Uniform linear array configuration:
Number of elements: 64
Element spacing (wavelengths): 0.5
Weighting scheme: hann
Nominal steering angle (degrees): -45
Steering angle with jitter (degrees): -46.753
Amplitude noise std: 0.05
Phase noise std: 0.05

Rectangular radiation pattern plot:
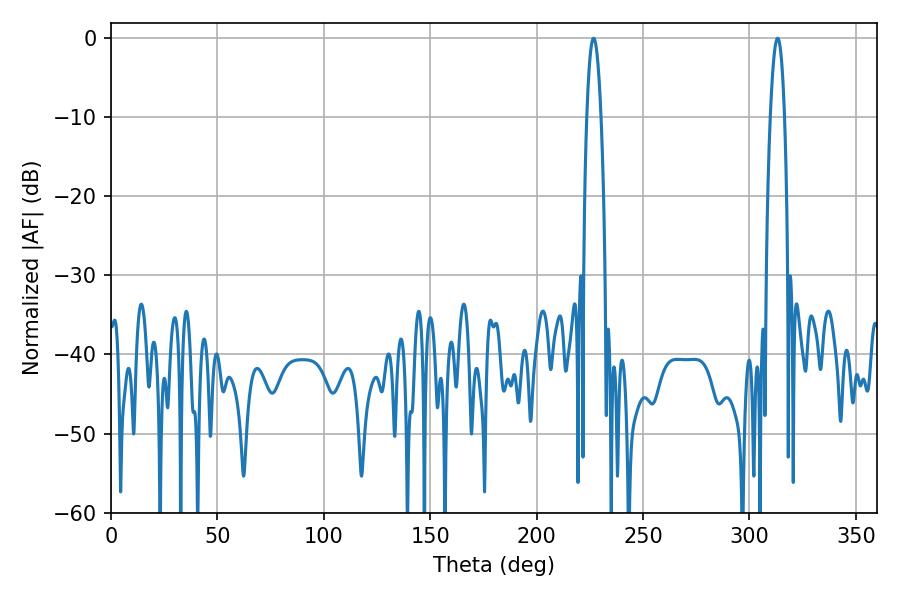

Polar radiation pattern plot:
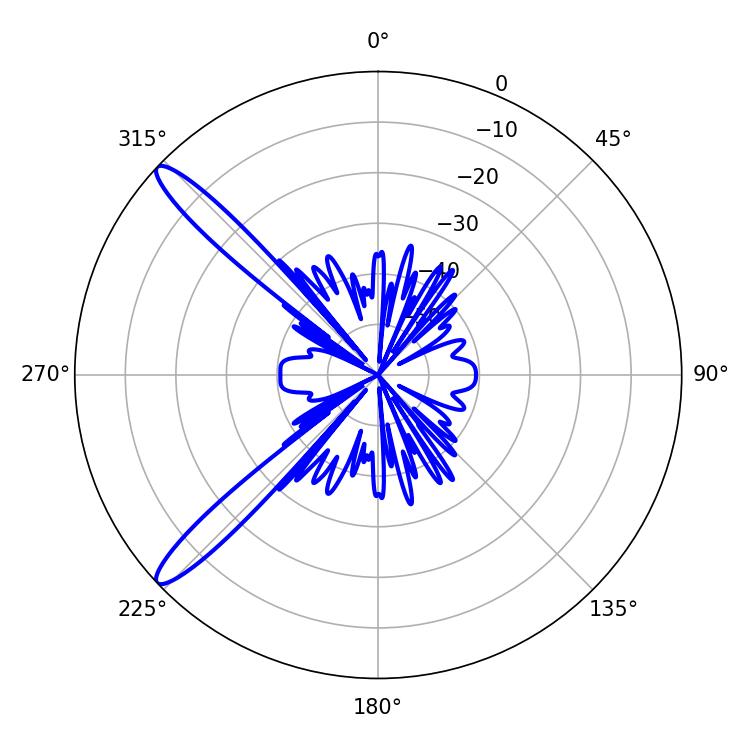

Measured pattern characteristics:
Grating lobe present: FALSE
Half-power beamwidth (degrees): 3.6
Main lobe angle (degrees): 226.8